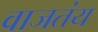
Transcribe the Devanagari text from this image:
वाजतंय